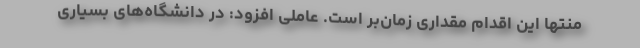
منتها این اقدام مقداری زمان‌بر است. عاملی افزود: در دانشگاه‌های بسیاری